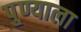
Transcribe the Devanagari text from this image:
पु्ण्याला